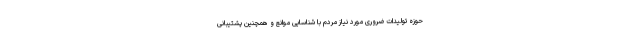
حوزه تولیدات ضروری مورد نیاز مردم با شناسایی موانع و همچنین پشتیبانی